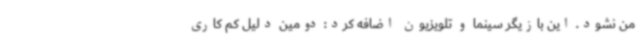
من نشود. این بازیگر سینما و تلویزیون اضافه کرد: دومین دلیل کم کاری